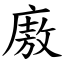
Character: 廒